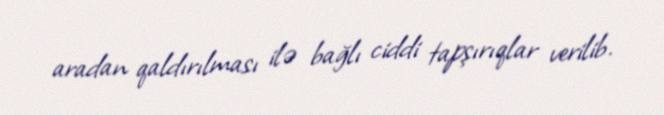
aradan qaldırılması ilə bağlı ciddi tapşırıqlar verilib.